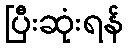
ပြီးဆုံးရန်